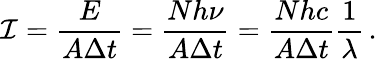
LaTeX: {\cal I}=\frac{E}{A\Delta t}=\frac{Nh\nu}{A\Delta t}=\frac{Nhc}{A\Delta t}\frac{1}{\lambda}\, .